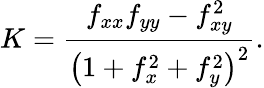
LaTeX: K=\frac{f_{xx}f_{yy}-f_{xy}^{2}}{\left(1+f_{x}^{2}+f_{y}^{2}\right)^{2}}.